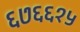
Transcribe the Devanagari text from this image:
६७६६१५